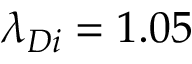
\lambda _ { D i } = 1 . 0 5